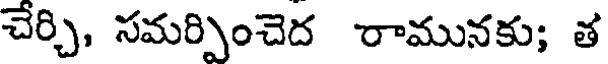
చేర్చి, సమర్పించెద రామునకు; త